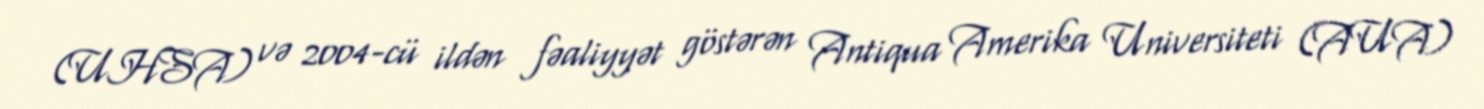
(UHSA) və 2004-cü ildən fəaliyyət göstərən Antiqua Amerika Universiteti (AUA)